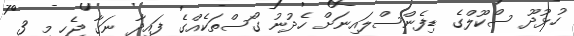
ހުޅުދޫ ސްކޫލްގެ ޑިފެންސްލައިނަށް ހެދުނު ގޯސްތަކެއްގެ ފައިދާ ނަގާ ޖެހި މި 3